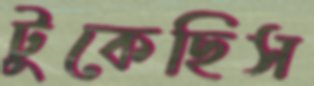
টুকেছিস